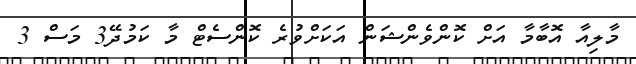
މާލިއާ އޮބާމާ އަށް ކޮންވެންޝަން އަކަށްވުރެ ކޮންސެޓް މާ ކަމުދޭ3 މަސް 3